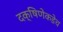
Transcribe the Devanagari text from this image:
दक्षिणेकडेच